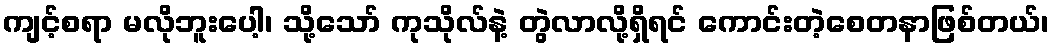
ကျင့်စရာ မလိုဘူးပေါ့၊ သို့သော် ကုသိုလ်နဲ့ တွဲလာလို့ရှိရင် ကောင်းတဲ့စေတနာဖြစ်တယ်၊